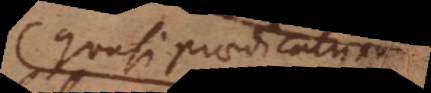
quasi praedicatum